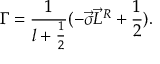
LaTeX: { \Gamma } = \frac { 1 } { l + \frac { 1 } { 2 } } ( - \vec { \sigma } \vec { L } ^ { R } + \frac { 1 } { 2 } ) .